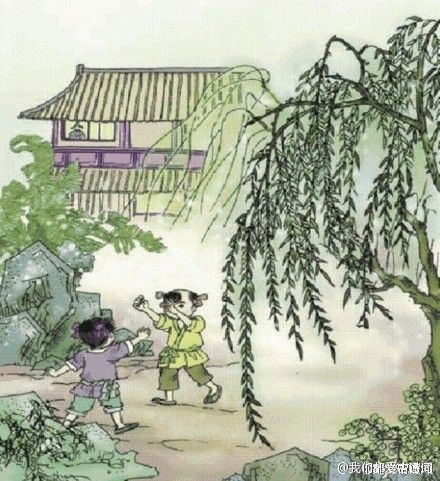
梅子留酸软齿牙，芭蕉分绿与窗纱。